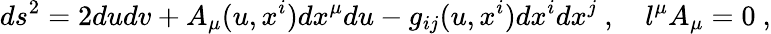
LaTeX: ds^{2}=2dudv+A_{\mu}(u,x^{i})dx^{\mu}du-g_{ij}(u,x^{i})dx^{i}dx^{j}\ ,\quad l^{\mu}A_{\mu}=0\ ,